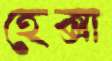
হেক্সা